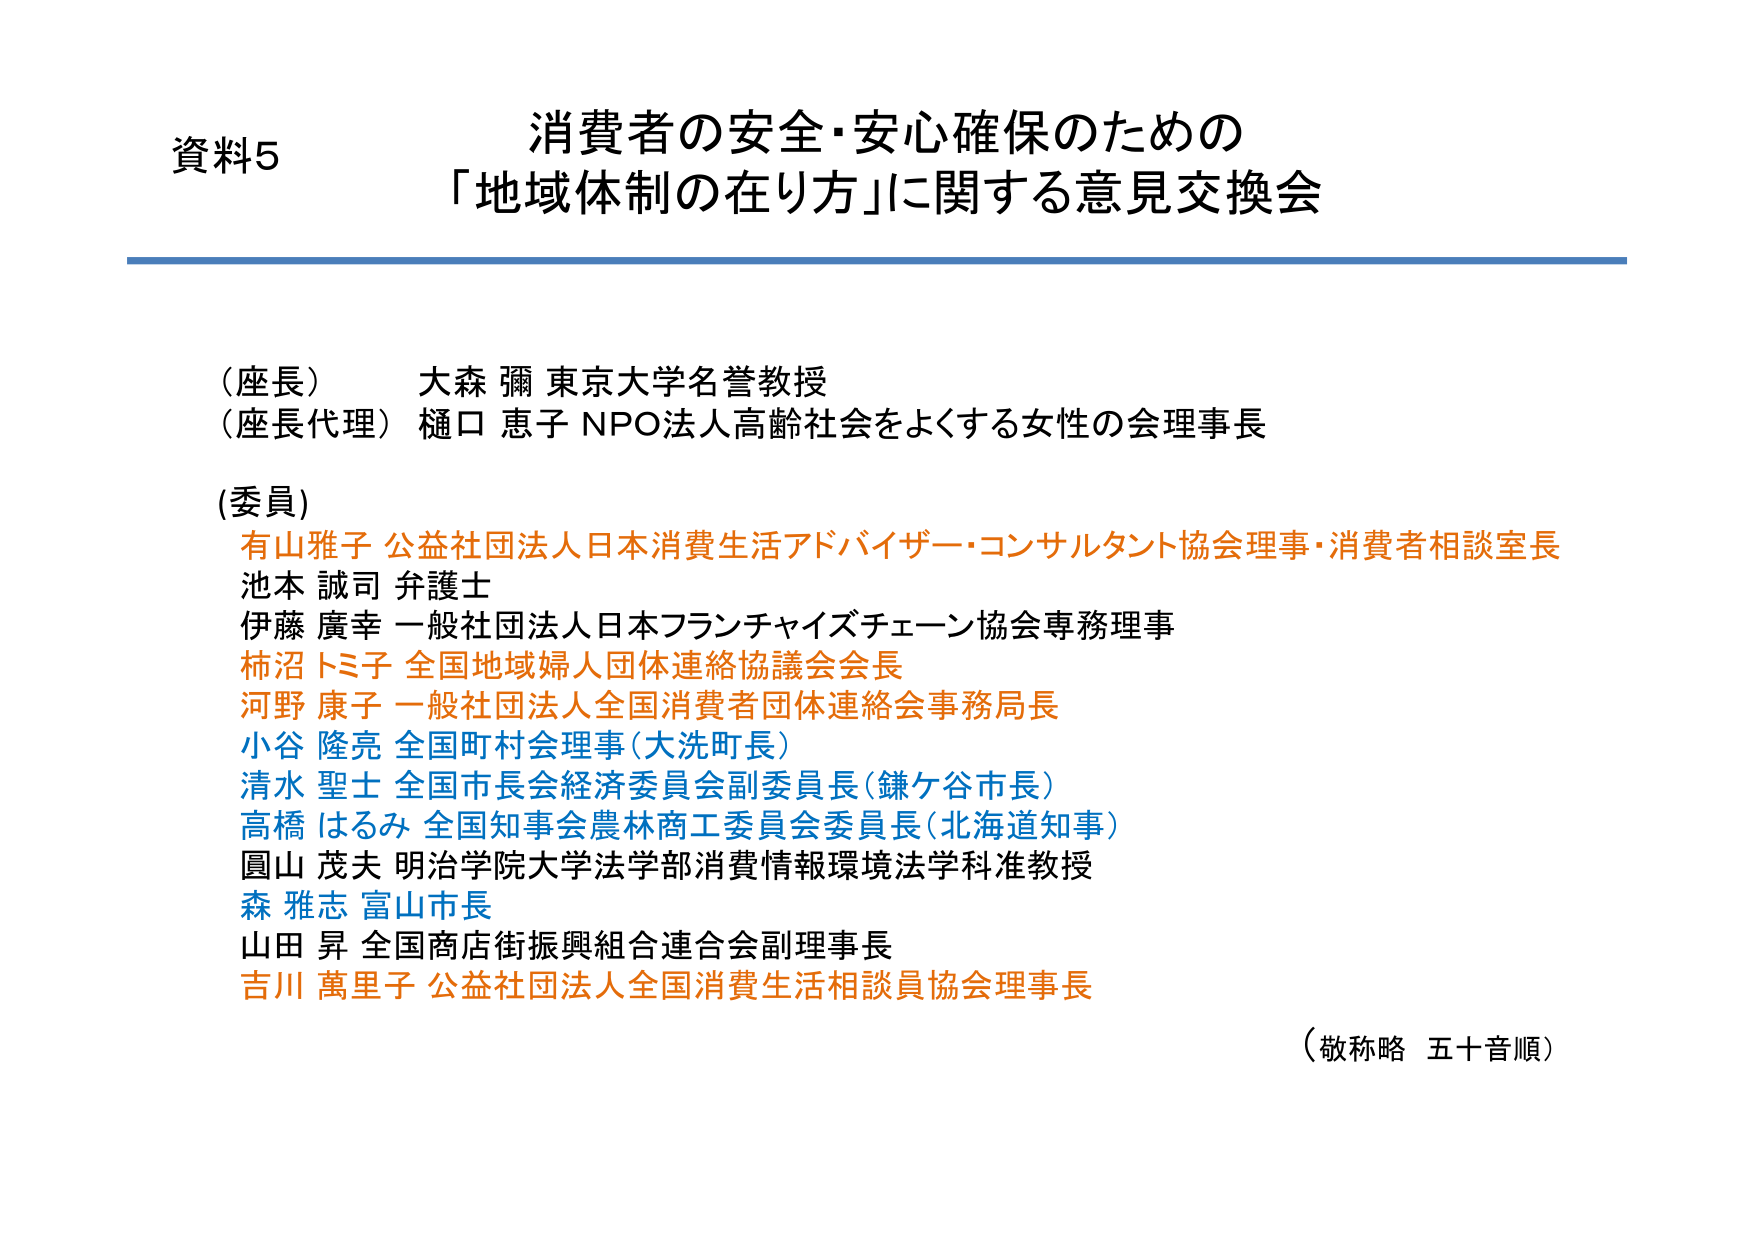
資料5
消費者の安全・安心確保のための
「地域体制の在り方」に関する意見交換会

（座長） 大森 彌 東京大学名誉教授
（座長代理） 樋口 恵子 NPO法人高齢社会をよくする女性の会理事長

(委員)
有山雅子 公益社団法人日本消費生活アドバイザー・コンサルタント協会理事・消費者相談室長
池本 誠司 弁護士
伊藤 廣幸 一般社団法人日本フランチャイズチェーン協会専務理事
柿沼トミ子 全国地域婦人団体連絡協議会会長
河野 康子 一般社団法人全国消費者団体連絡会事務局長
小谷 隆亮 全国町村会理事（大洗町長）
清水 聖士 全国市長会経済委員会副委員長（鎌ケ谷市長）
高橋 はるみ 全国知事会農林商工委員会委員長（北海道知事）
圓山 茂夫 明治学院大学法学部消費情報環境法学科准教授
森 雅志 富山市長
山田 昇 全国商店街振興組合連合会副理事長
吉川 萬里子 公益社団法人全国消費生活相談員協会理事長

（敬称略 五十音順）